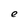
Character: e